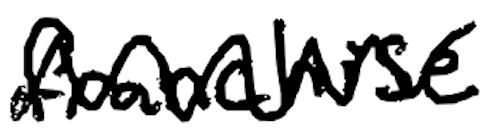
Text: franchise
Cross-out: zig-zag
Writing tool: digital_black